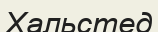
Хальстед